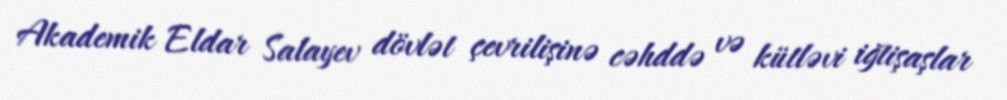
Akademik Eldar Salayev dövlət çevrilişinə cəhddə və kütləvi iğtişaşlar